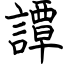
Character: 譚